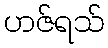
ဟဇ်ရသ်